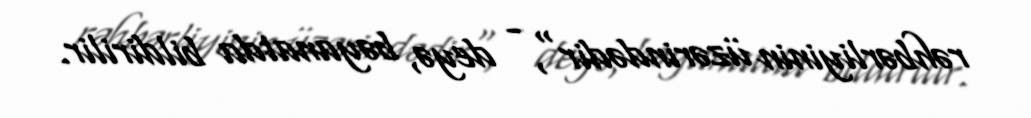
rəhbərliyinin üzərindədir", - deyə, bəyanatda bildirilir.